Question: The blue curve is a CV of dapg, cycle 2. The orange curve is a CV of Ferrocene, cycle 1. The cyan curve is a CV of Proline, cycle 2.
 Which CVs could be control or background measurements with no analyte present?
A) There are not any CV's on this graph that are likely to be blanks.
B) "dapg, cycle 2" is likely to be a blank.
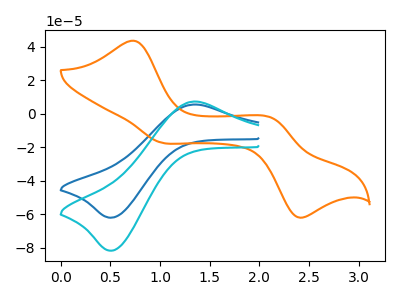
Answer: <think>The blue curve "dapg, cycle 2" has an anodic peak at (1.35V, 5.50uA) and a cathodic peak at (0.50V, -61.90uA). The orange curve "Ferrocene, cycle 1" has anodic peaks at (0.75V, 43.60uA) (2.15V, -2.60uA) and cathodic peaks at (1.00V, -17.00uA) (2.40V, -61.50uA). The cyan curve "Proline, cycle 2" has an anodic peak at (1.35V, 7.25uA) and a cathodic peak at (0.50V, -81.60uA).</think>
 <answer>A) There are not any CV's on this graph that are likely to be blanks.</answer>
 <eval>A</eval>